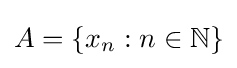
A=\{x_{n}:n\in \mathbb {N} \}